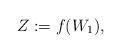
LaTeX: \begin{align*} Z:=f(W_1), \end{align*}